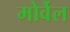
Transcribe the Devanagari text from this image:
मोर्वेल